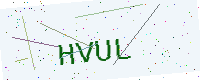
Text: HVUL